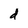
Character: d